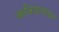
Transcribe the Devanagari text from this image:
कवितागायन